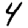
Digit: 4